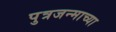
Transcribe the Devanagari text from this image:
पुत्रजन्माच्या